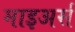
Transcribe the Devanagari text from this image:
माइअर्स